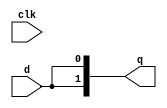
module m2
  (
   input clk,
   input d,
   output reg [1:0] q
   );
   always @* begin
      q[1] = d;
   end
   always @* begin
      q[0] = q[1];
   end
endmodule